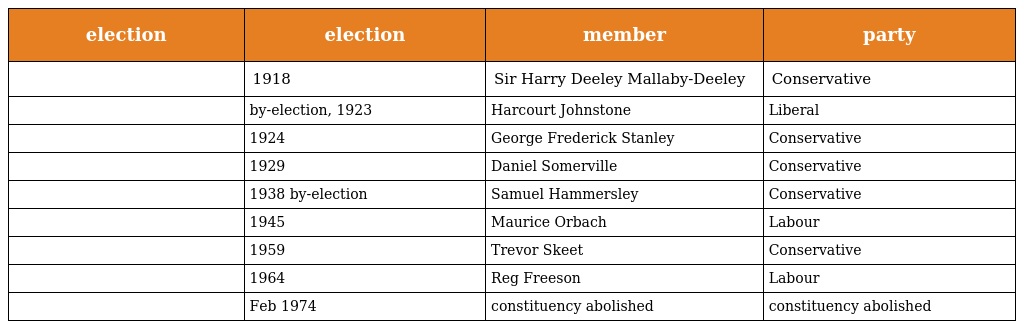
| election | election | member | party |
 | --- | --- | --- | --- |
 |  | 1918 | Sir Harry Deeley Mallaby-Deeley | Conservative |
 |  | by-election, 1923 | Harcourt Johnstone | Liberal |
 |  | 1924 | George Frederick Stanley | Conservative |
 |  | 1929 | Daniel Somerville | Conservative |
 |  | 1938 by-election | Samuel Hammersley | Conservative |
 |  | 1945 | Maurice Orbach | Labour |
 |  | 1959 | Trevor Skeet | Conservative |
 |  | 1964 | Reg Freeson | Labour |
 |  | Feb 1974 | constituency abolished | constituency abolished |